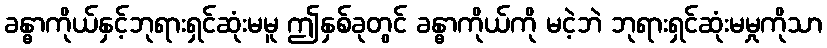
ခန္ဓာကိုယ်နှင့်ဘုရားရှင်ဆုံးမမူ ဤနှစ်ခုတွင် ခန္ဓာကိုယ်ကို မငဲ့ဘဲ ဘုရားရှင်ဆုံးမမှုကိုသာ